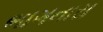
ભાગનારા